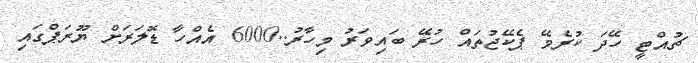
ޗުއްޓީ ހޭދަ ކުރެވޭ ޕެކޭޖުތައް ހުރޭ ބައިވަރު މިހާރު..6000 އެެއްހާ ޑޮލަރަށް ޔޫރަޕްގައި